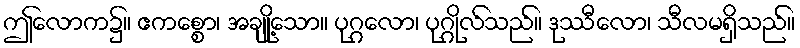
ဤလောက၌။ ဧကစ္စော၊ အချို့သော။ ပုဂ္ဂလော၊ ပုဂ္ဂိုလ်သည်။ ဒုဿီလော၊ သီလမရှိသည်။